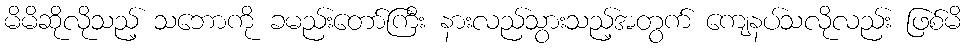
မိမိဆိုလိုသည့် သဘောကို ခမည်းတော်ကြီး နားလည်သွားသည့်အတွက် ကျေနပ်သလိုလည်း ဖြစ်မိ